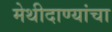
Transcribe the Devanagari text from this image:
मेथीदाण्यांचा